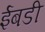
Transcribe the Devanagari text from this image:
ईबडी